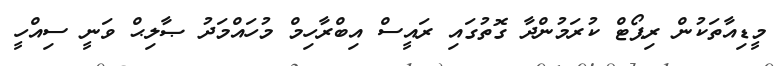
މީޑިއާތަކުން ރިޕޯޓް ކުރަމުންދާ ގޮތުގައި ރައީސް އިބްރާހިމް މުހައްމަދު ޞާލިޙް ވަނީ ސިއްހީ